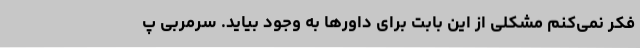
فکر نمی‌کنم مشکلی از این بابت برای داورها به وجود بیاید. سرمربی پ